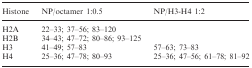
| Histone | NP/octamer 1:0.5 | NP/H3-H4 1:2 |
 | --- | --- | --- |
 | H2A | 22–33; 37–56; 83–120 |  |
 | H2B | 34–43; 47–72; 80–86; 93–125 |  |
 | H3 | 41–49; 57–83 | 57–63; 73–83 |
 | H4 | 25–36; 47–78; 80–93 | 25–36; 47–56; 61–78; 81–92 |